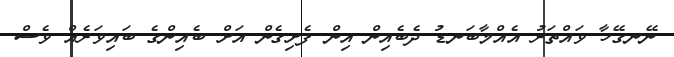
ނޭނގޭހާ ވައްތަރު އެއްމާބަނޑު ދެބެއިން އިން ފެށިގެން އަށް ބެއިންގެ ބައިވަރެއް ވެސް